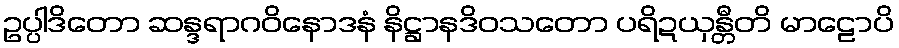
ဥပ္ပါဒိတော ဆန္ဒရာဂဝိနောဒနံ နိဋ္ဌာနဒိဝသတော ပရိဍယှန္တီတိ မာဠောပိ